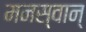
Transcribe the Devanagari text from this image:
मनस्वान्